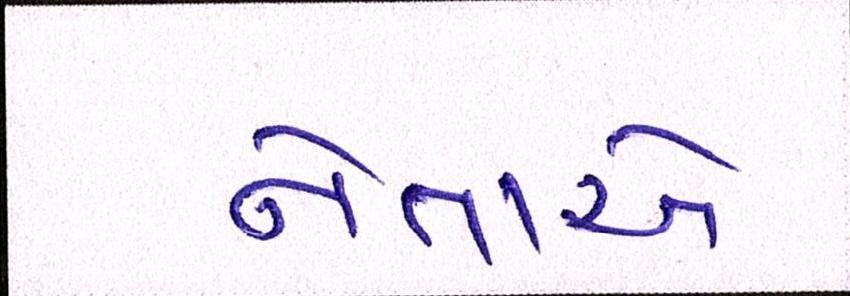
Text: નેતાએ